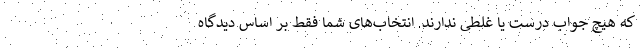
که هیچ جواب درست یا غلطی ندارند. انتخاب‌های شما فقط بر اساس دیدگاه